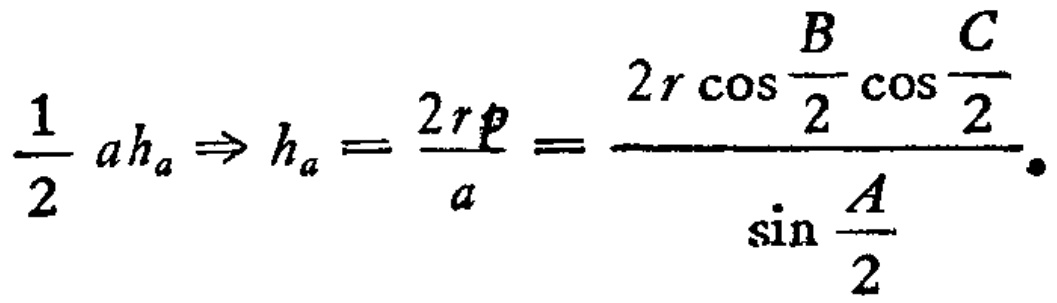
$\frac{1}{2} a h_{a} \Rightarrow h_{a}=\frac{2 r p}{a}=\frac{2 r \cos \frac{B}{2} \cos \frac{C}{2}}{\sin \frac{A}{2}} .$